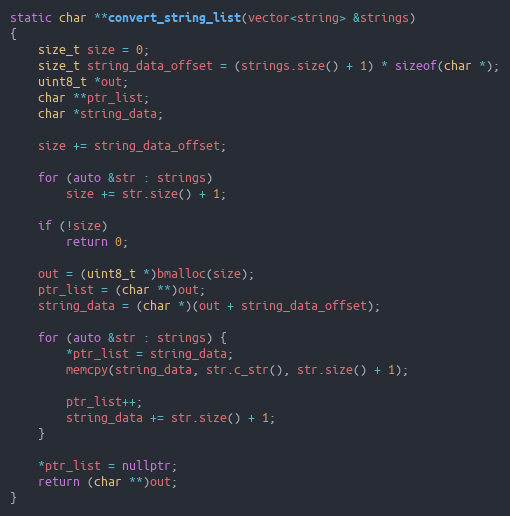
Language: C++
static char **convert_string_list(vector<string> &strings)
{
	size_t size = 0;
	size_t string_data_offset = (strings.size() + 1) * sizeof(char *);
	uint8_t *out;
	char **ptr_list;
	char *string_data;

	size += string_data_offset;

	for (auto &str : strings)
		size += str.size() + 1;

	if (!size)
		return 0;

	out = (uint8_t *)bmalloc(size);
	ptr_list = (char **)out;
	string_data = (char *)(out + string_data_offset);

	for (auto &str : strings) {
		*ptr_list = string_data;
		memcpy(string_data, str.c_str(), str.size() + 1);

		ptr_list++;
		string_data += str.size() + 1;
	}

	*ptr_list = nullptr;
	return (char **)out;
}